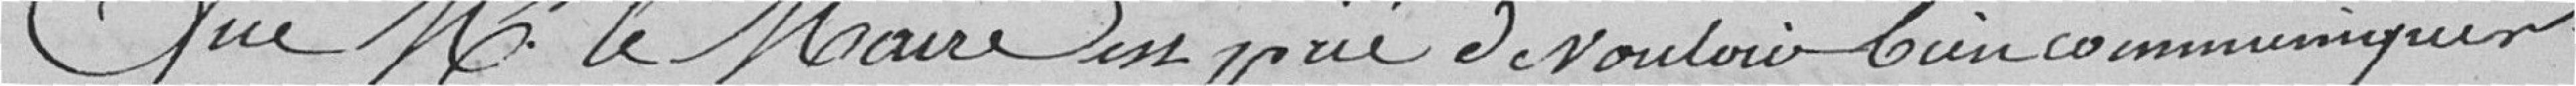
Que Monsieur le Maire est prié de vouloir bien communiquer